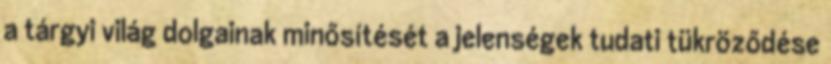
a tárgyi világ dolgainak minősítését a jelenségek tudati tükröződése